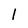
Character: 1